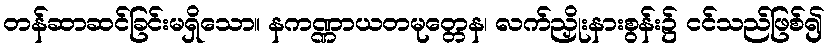
တန်ဆာဆင်ခြင်းမရှိသော။ နကဏ္ဏာယတမုတ္တေန၊ လက်ညှိုးနားစွန်း၌ ငင်သည်ဖြစ်၍